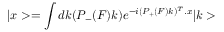
| x > = \int d k \d ( P _ { - } ( F ) k ) e ^ { - i ( P _ { + } ( F ) k ) ^ { T } . x } | k >